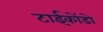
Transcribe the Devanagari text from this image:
टाईकोंडो